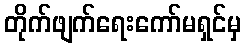
တိုက်ဖျက်ရေးကော်မရှင်မှ